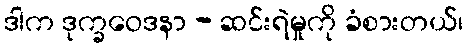
ဒါက ဒုက္ခဝေဒနာ - ဆင်းရဲမှုကို ခံစားတယ်၊